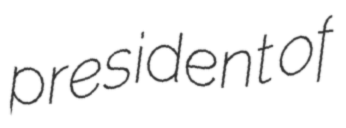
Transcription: president of